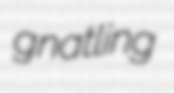
gnatling